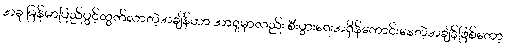
အခု မြန်မာပြည်ပွင့်ထွက်လာတဲ့အချိန်ဟာ အာရှမှာလည်း စီးပွားရေးအရှိန်ကောင်းနေတဲ့အချိန်ဖြစ်တော့